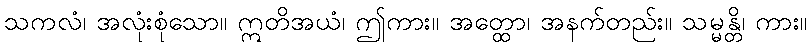
သကလံ၊ အလုံးစုံသော။ ဣတိအယံ၊ ဤကား။ အတ္ထော၊ အနက်တည်း။ သမ္မန္တိ၊ ကား။